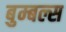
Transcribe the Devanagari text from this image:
बुम्बल्स